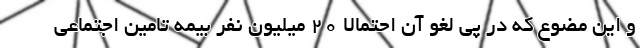
و این مضوع که در پی لغو آن احتمالا ۲۰ میلیون نفر بیمه تامین اجتماعی